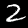
Digit: 2